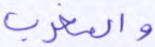
والمغرب